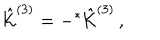
\hat { \cal K } ^ { ( 3 ) } = - { } ^ { * } \hat { \cal K } ^ { ( 3 ) } \, ,